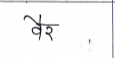
मजकूर: वैर